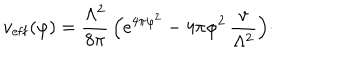
v _ { \mathrm { e f f } } ( \varphi ) = { \frac { \Lambda ^ { 2 } } { 8 \pi } } \, \Bigl ( e ^ { 4 \pi \varphi ^ { 2 } } - 4 \pi \varphi ^ { 2 } \, { \frac { v } { \Lambda ^ { 2 } } } \Bigr ) \cdotp